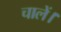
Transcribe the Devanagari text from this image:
चालें।